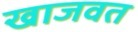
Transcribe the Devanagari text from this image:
खाजवत